Lunatic asylums in Bengal annual reports 1912-1924 - 1912-1924
Year: 1912
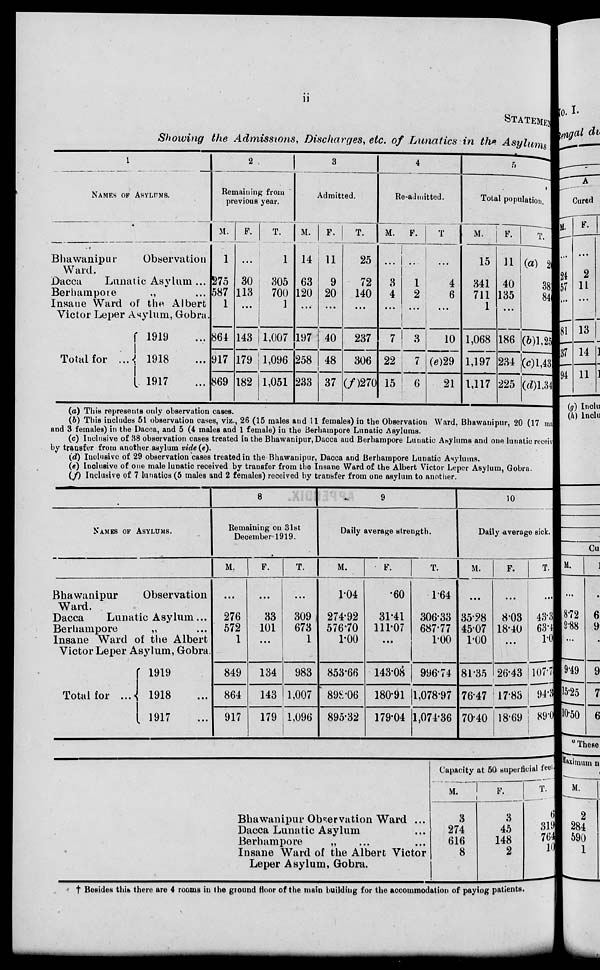
ii
STATEMENT
Showing the Admissions, Discharges, etc. of Lunatics in the Asylums
1
NAMES OF ASYLUMS.
Bhawanipur
Observation
Ward.
Dacca
Lunatic Asylum ...
Berhampore .. ...
Insane Ward of the Albert
Victor Leper Asylum, Gobra.
Total for ...
1919 ...
1918 ...
1917 ...
2
Remaining from
previous year.
M.
1
275
587
1
864
917
869
F.
...
30
113
...
143
179
182
T.
1
305
700
1
1,007
1,096
1,051
3
Admitted.
M.
14
63
120
...
197
258
233
F.
11
9
20
...
40
48
37
T.
25
72
140
...
237
306
(f)270
4
Re-admitted.
M.
...
3
4
...
7
22
15
F.
...
1
2
...
3
7
6
T.
...
4
6
...
10
(e)29
21
5
Total population.
M.
15
341
711
1
1,068
1,197
1,117
F.
11
40
135
...
186
234
225
T.
(a) 2
381
846
1
(b)1,254
(c)1,431
(d)1,342
(a) This represents only observation cases.
(b) This includes 51 observation cases, viz., 26 (15 males and 11 females) in the Observation Ward. Bhawanipur, 20 (17 males
and 3 females) in the Dacca, and 5 (4 males and 1 female) in the Berhampore Lunatic Asylums.
(c) Inclusive of 38 observation cases treated in the Bhawanipur, Dacca and Berhampore Lunatic Asylums and one lunatic received
by transfer from another asylum vide (e).
(d) Inclusive of 29 observation cases treated in the Bhawanipur, Dacca and Berhampore Lunatic Asylums.
(e) Inclusive of one male lunatic received by transfer from the Insane Ward of the Albert Victor Leper Asylum, Gobra.
(f) Inclusive of 7 lunatics (5 males and 2 females) received by transfer from one asylum to another.
NAMES OF ASYLUMS.
Bhawanipur
Observation
Ward.
Dacca
Lunatic Asylum...
Berhampore „ ...
Insane Ward of the Albert
Victor Leper Asylum, Gobra.
Total for ...
1919 ...
1918 ...
1917 ...
8
Remaining on 31st
December 1919.
M.
...
276
572
1
849
864
917
F.
...
33
101
...
134
143
179
T.
...
309
673
1
983
1,007
1,096
9
Daily average strength.
M.
1.04
274.92
576.70
1.00
853.66
898.06
895.32
F.
.60
31.41
111.07
...
143.08
180.91
179.04
T.
1.64
306.33
687.77
1.00
996.74
1,078.97
1,074.36
10
Daily average sick.
M.
...
35.28
45.07
1.00
81.35
76.47
70.40
F.
...
8.03
18.40
...
26.43
17.83
18.69
T.
...
43.31
63.47
1.00
107.78
94.3
89.09
Bhawanipur Observation Ward ...
Dacca Lunatic Asylum ...
Berhampore
„ ... ...
Insane Ward of the Albert Victor
Leper Asylum, Gobra.
Capacity at 50 superficial feet
M.
3
274
616
8
F.
3
45
148
2
T.
6
319
764
10
† Besides this there are 4 rooms in the ground floor of the main building for the accommodation of paying patients.